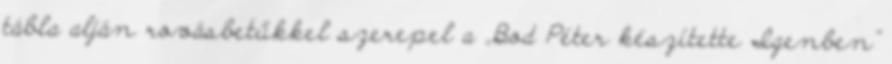
tábla alján rovásbetűkkel szerepel a „Bod Péter készítette Igenben”